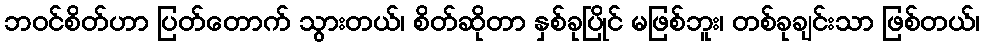
ဘဝင်စိတ်ဟာ ပြတ်တောက် သွားတယ်၊ စိတ်ဆိုတာ နှစ်ခုပြိုင် မဖြစ်ဘူး၊ တစ်ခုချင်းသာ ဖြစ်တယ်၊